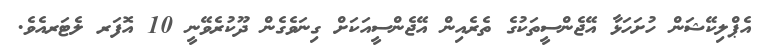
އެޕްލިކޭޝަން ހުށަހަޅާ އޭޖެންސީތަކުގެ ތެރެއިން އޭޖެންސީއަކަށް ގިނަވެގެން ދޫކުރެވޭނީ 10 އޮފަރ ލެޓަރއެވެ.